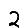
Digit: 2